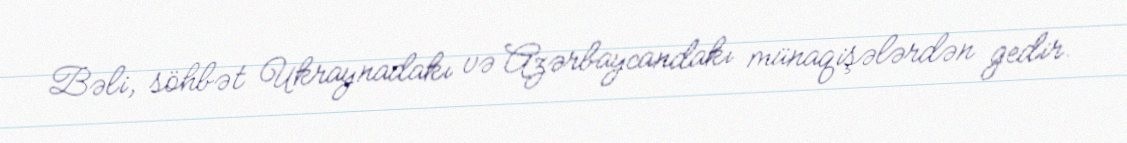
Bəli, söhbət Ukraynadakı və Azərbaycandakı münaqişələrdən gedir.